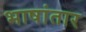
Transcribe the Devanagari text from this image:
भाषांतार